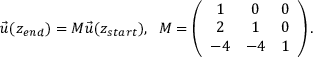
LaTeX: \vec { u } ( z _ { e n d } ) = M \vec { u } ( z _ { s t a r t } ) , \; \; M = \left( \begin{array} { c c c } { { 1 } } & { { 0 } } & { { 0 } } \\ { { 2 } } & { { 1 } } & { { 0 } } \\ { { - 4 } } & { { - 4 } } & { { 1 } } \end{array} \right) .